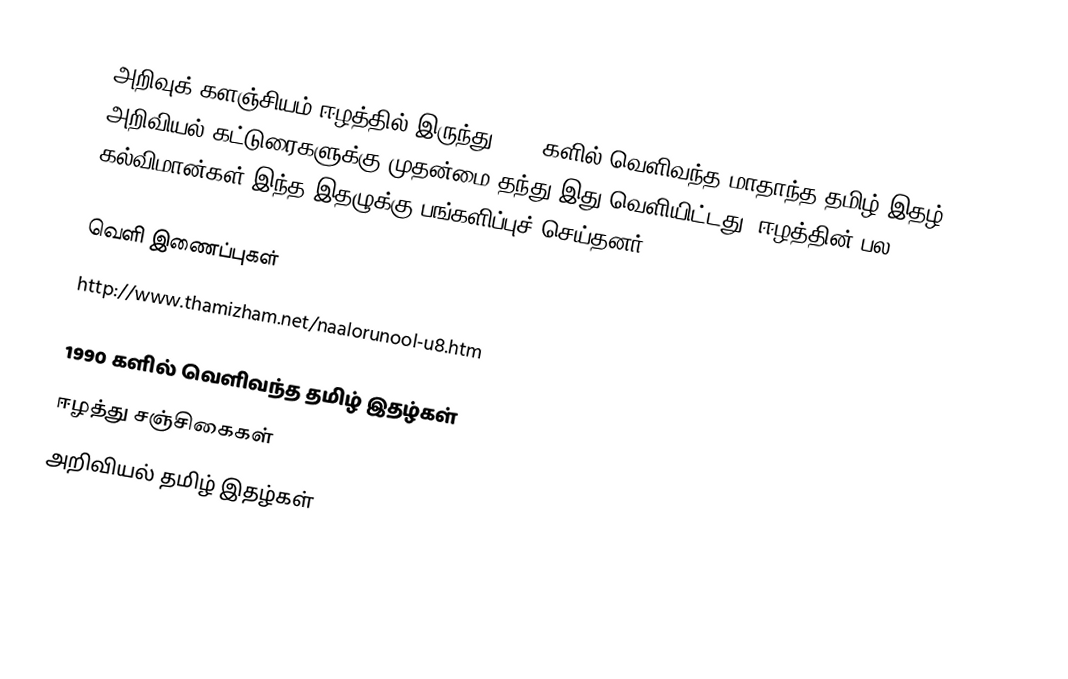
அறிவுக் களஞ்சியம் ஈழத்தில் இருந்து 1990 களில் வெளிவந்த மாதாந்த தமிழ் இதழ். அறிவியல் கட்டுரைகளுக்கு முதன்மை தந்து இது வெளியிட்டது. ஈழத்தின் பல கல்விமான்கள் இந்த இதழுக்கு பங்களிப்புச் செய்தனர்.

வெளி இணைப்புகள்
 http://www.thamizham.net/naalorunool-u8.htm

1990 களில் வெளிவந்த தமிழ் இதழ்கள்
ஈழத்து சஞ்சிகைகள்
அறிவியல் தமிழ் இதழ்கள்